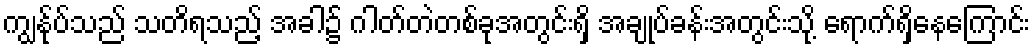
ကျွန်ုပ်သည် သတိရသည့် အခါ၌ ဂါတ်တဲတစ်ခုအတွင်းရှိ အချုပ်ခန်းအတွင်းသို့ ရောက်ရှိနေကြောင်း